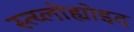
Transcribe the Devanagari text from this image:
स्त्य्लोह्योइद